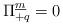
LaTeX: \begin{align*}\Pi^{\underline{m}}_{+q} = 0\end{align*}